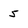
Character: 5